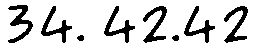
34. 42.42